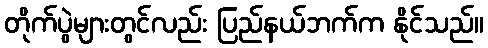
တိုက်ပွဲများတွင်လည်း ပြည်နယ်ဘက်က နိုင်သည်။